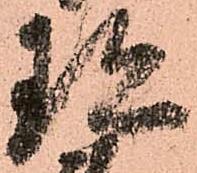
珍